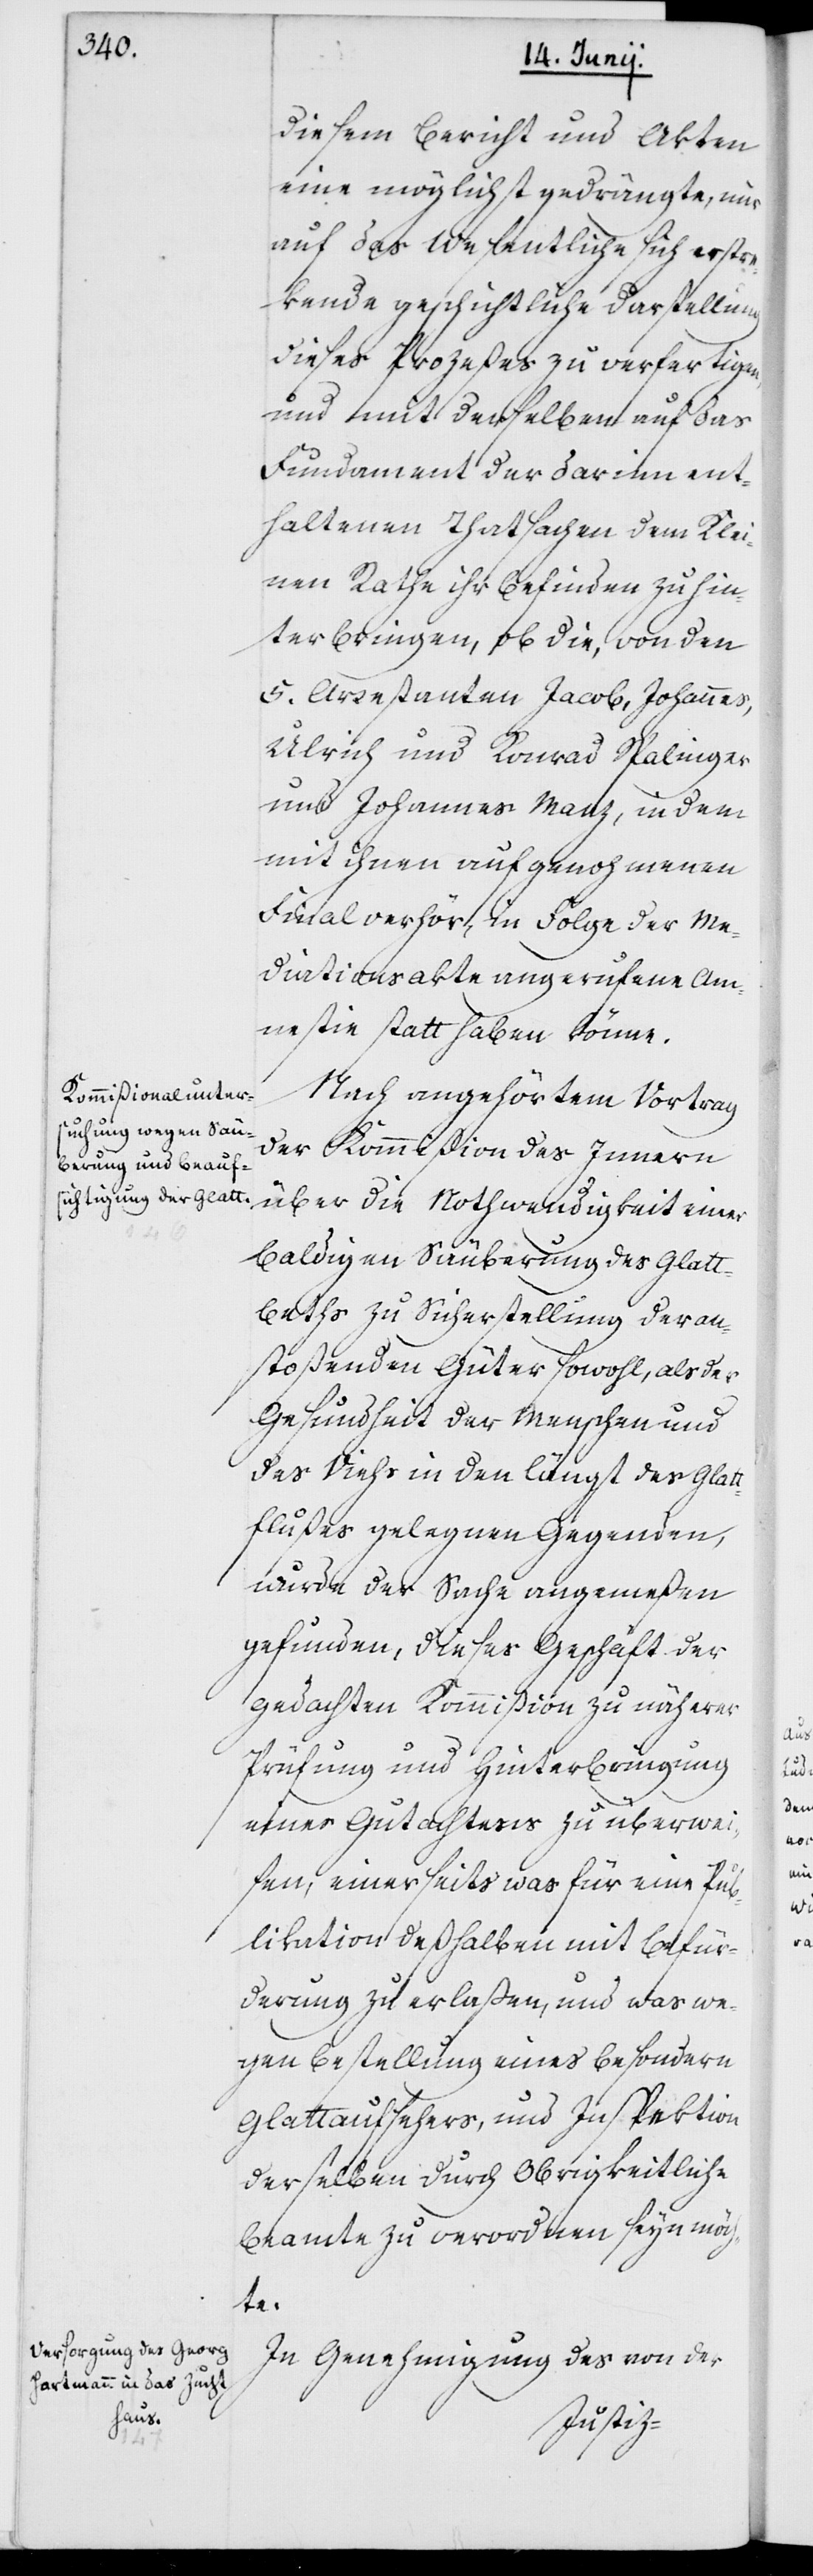
diesem Bericht und Akten
eine möglichst gedrängte, nur
auf das Wesentliche sich erstrec¬
kende geschichtliche Darstellung
dieses Prozeßes zu verfertigen,
und mit derselben auf das
Fundament der darin ent¬
haltenen Tatsachen dem Klei¬
nen Rathe ihr Befinden zu hin¬
terbringen, ob die, von den
fünf Arrestanten Jacob, Johannes,
Ulrich und Konrad Spalinger
und Johannes Manz, in dem
mit ihnen aufgenommenen
Finalverhör, in Folge der Me¬
diationsakte angerufene Am¬
nestie statthaben könne.
Nach angehörtem Vortrag
der Kommißion des Innern
über die Nothwendigkeit einer
baldigen Säuberung des Glatt¬
betts zu Sicherstellung der an¬
stoßenden Güter sowohl als der
Gesundheit der Menschen und
des Viehs in den längst des Glatt¬
flußes gelegenen Gegenden,
wurde der Sache angemeßen
gefunden, dieses Geschäft der
gedachten Kommißion zu näherer
Prüfung und Hinterbringung
eines Gutachtens zu überwei¬
sen, einerseits was für eine Pub¬
likation deßelben mit Befür¬
derung zu erlaßen, und was we¬
gen Bestellung eines besondern
Glattaufsehers und Inspektion
derselben durch obrigkeitliche
Beamte zu verordnen seyn möch¬
te.
In Genehmigung des von der